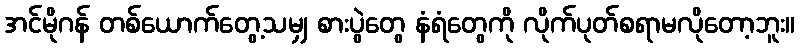
အင်မိုဂန် တစ်ယောက်တွေ့သမျှ စားပွဲတွေ နံရံတွေကို လိုက်ပုတ်စရာမလိုတော့ဘူး။